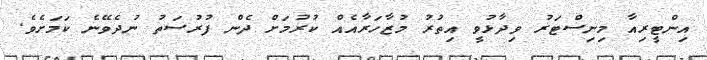
އިންޓީރިއާ މިނިސްޓަރު ވިދާޅުވީ އިތުރު މުޒާހަރާއެއް ކުރުމަށް ދެން ފުރުސަތު ނުދެވޭނެ ކަމަށެވެ.